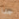
جدا